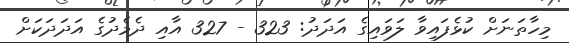
މިހާތަނަށް ކުޅެފައިވާ ލަވައިގެ އަދަދު: 323 - 327 އާއި ދެމެދުގެ އަދަދަކަށް